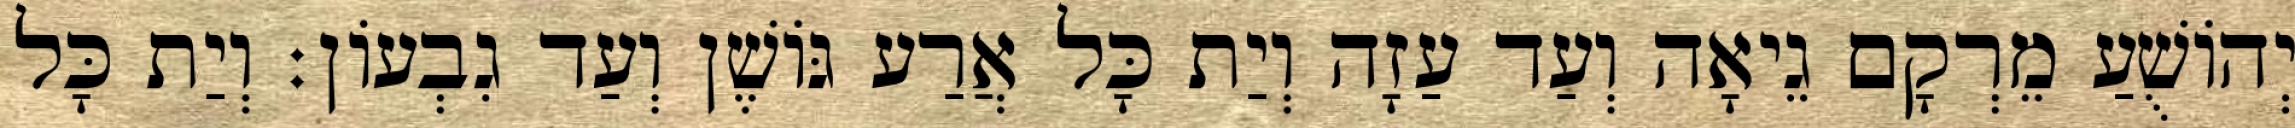
יְהוֹשֻׁעַ מֵרְקָם גֵיאָה וְעַד עַזָה וְיַת כָּל אֲרַע גּוֹשֶׁן וְעַד גִבְעוֹן׃ וְיַת כָּל